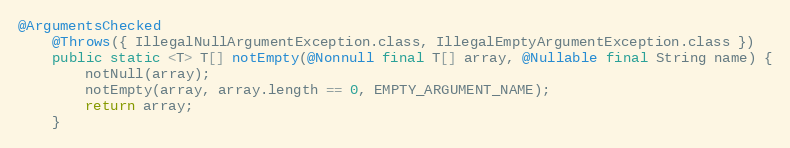
Language: Java
@ArgumentsChecked
	@Throws({ IllegalNullArgumentException.class, IllegalEmptyArgumentException.class })
	public static <T> T[] notEmpty(@Nonnull final T[] array, @Nullable final String name) {
		notNull(array);
		notEmpty(array, array.length == 0, EMPTY_ARGUMENT_NAME);
		return array;
	}